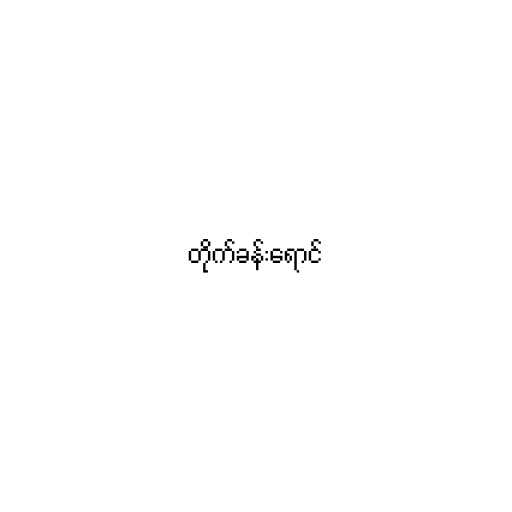
တိုက်ခန်းရောင်